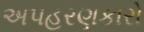
અપહરણકારો